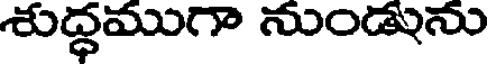
శుద్ధముగా నుండును